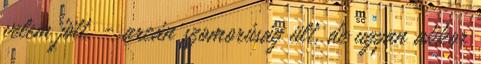
velem jött. - arcán szomorúság ült, de ugyan akkor